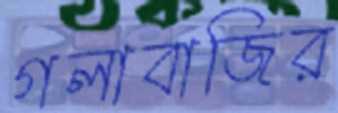
গলাবাজির